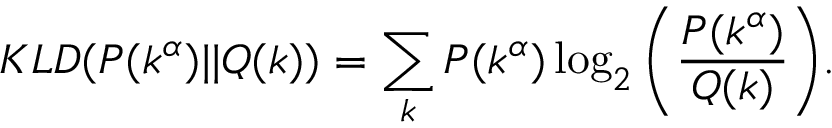
K L D ( P ( k ^ { \alpha } ) | | Q ( k ) ) = \sum _ { k } { P ( k ^ { \alpha } ) \log _ { 2 } \left( \frac { P ( k ^ { \alpha } ) } { Q ( k ) } \right) } .